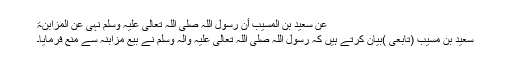
عَنْ سَعِیْدِ بْنِ الْمُسَیَّبِ أَنَّ رَسُوْلَ اللہِ صَلَّی اللہُ تَعَالٰی عَلَیْہِ وَسَلَّمَ نَہٰی عَنْ الْمُزَابَنَۃِ
سعید بن مسیب (تابعی )بیان کرتے ہیں کہ رسول اللہ صلی اللہ تعالی علیہ والہ وسلم نے بیع مزابنہ سے منع فرمایا۔